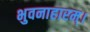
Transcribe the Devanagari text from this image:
भुवनाहारम्‌।